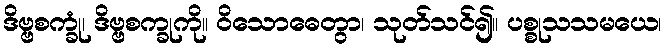
ဒိဗ္ဗစက္ခုံ၊ ဒိဗ္ဗစက္ခုကို။ ဝိသောဓေတွာ၊ သုတ်သင်၍။ ပစ္စုသသမယေ၊